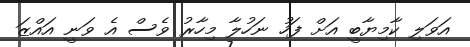
އަވަލި ކާމިޔާބީ އަށް ފަހު ނަހުލާ މިހާރު ވެސް އެ ވަނީ އައްޒަ